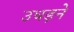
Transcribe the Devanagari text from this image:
उधड़ने